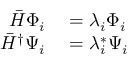
\begin{array} { r l } { \bar { H } \Phi _ { i } } & { { } = \lambda _ { i } \Phi _ { i } } \\ { \bar { H } ^ { \dagger } \Psi _ { i } } & { { } = \lambda _ { i } ^ { * } \Psi _ { i } } \end{array}